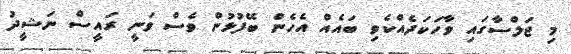
މި ޖަލްސާގައި ވާހަކަދެއްކެވި ބައެއް އެހެން ބޭފުޅުން ވެސް ވަނީ ރައީސް ނަޝީދު